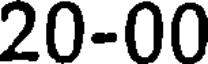
20-00